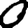
Digit: 0